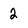
Character: 2